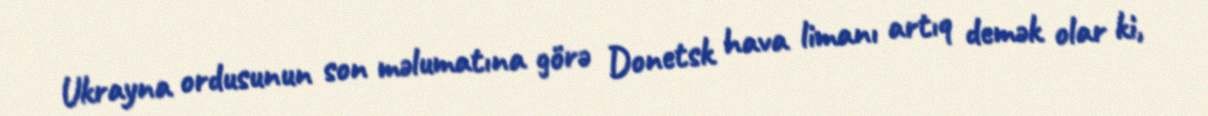
Ukrayna ordusunun son məlumatına görə Donetsk hava limanı artıq demək olar ki,